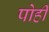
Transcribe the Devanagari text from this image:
पोही